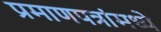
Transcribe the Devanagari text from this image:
प्रमाणपत्रांमध्ये